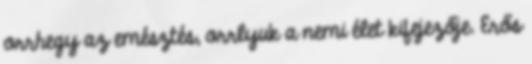
orrhegy az emésztés, orrlyuk a nemi élet kifejezője. Erős